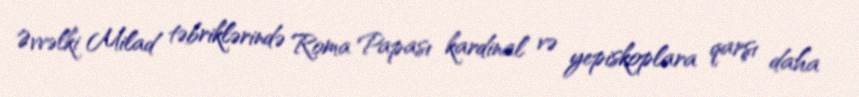
Əvvəlki Milad təbriklərində Roma Papası kardinal və yepiskoplara qarşı daha